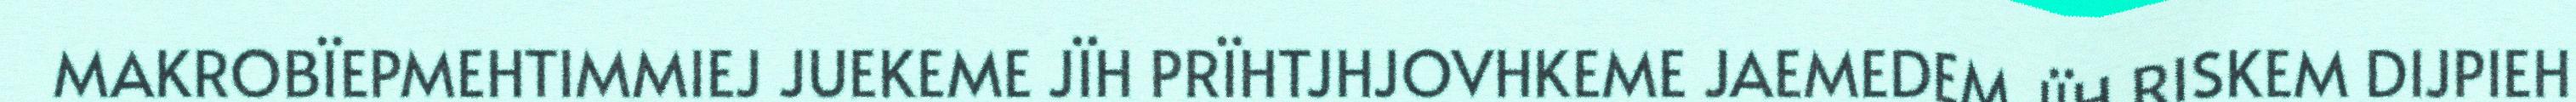
MAKROBÏEPMEHTIMMIEJ JUEKEME JÏH PRÏHTJHJOVHKEME JAEMEDEM JÏH RISKEM DIJPIEH